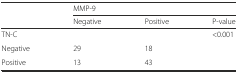
|  | <COLSPAN=3> MMP-9 |
 |  | Negative | Positive | P-value |
 | --- | --- | --- | --- |
 | TN-C |  |  | <0.001 |
 | Negative | 29 | 18 |  |
 | Positive | 13 | 43 |  |